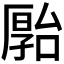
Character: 𪠗